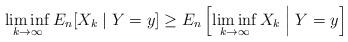
LaTeX: \begin{align*} \liminf_{k\to \infty} E_n[X_k \mid Y=y] \ge E_n\left[ \liminf_{k\to \infty} X_k \;\middle|\; Y=y \right]\end{align*}